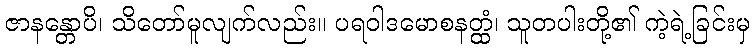
ဇာနန္တောပိ၊ သိတော်မူလျက်လည်း။ ပရဝါဒမောစနတ္ထံ၊ သူတပါးတို့၏ ကဲ့ရဲ့ခြင်းမှ